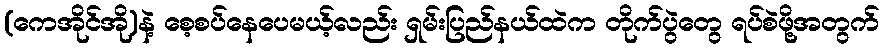
(ကေအိုင်အို)နဲ့ စေ့စပ်နေပေမယ့်လည်း ရှမ်းပြည်နယ်ထဲက တိုက်ပွဲတွေ ရပ်စဲဖို့အတွက်